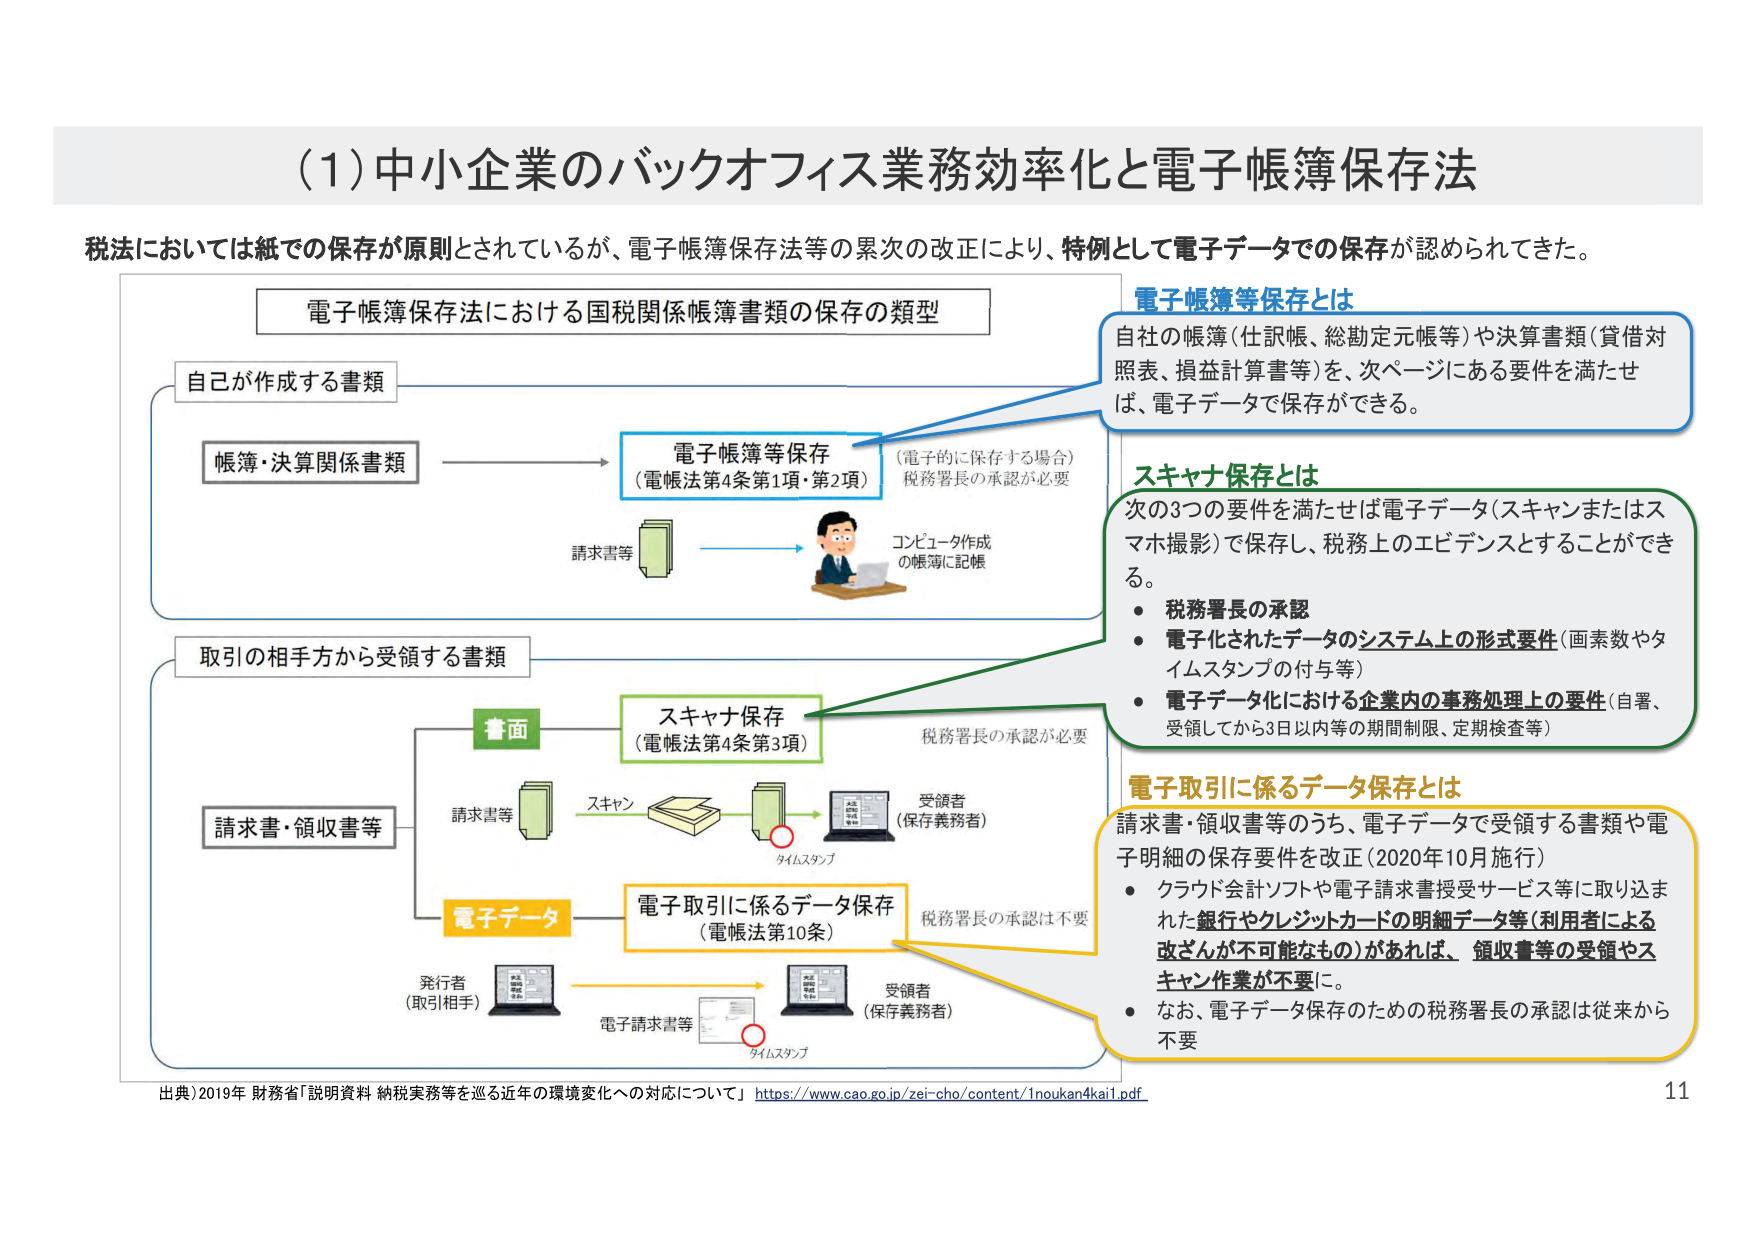
(1) 中小企業のバックオフィス業務効率化と電子帳簿保存法

税法においては紙での保存が原則とされているが、電子帳簿保存法等の累次の改正により、特例として電子データでの保存が認められてきた。

電子帳簿保存法における国税関係帳簿書類の保存の類型

自己が作成する書類
→ 帳簿・決算関係書類
　　→ 電子帳簿等保存（電帳法第4条第1項・第2項）
　　　　（電子的に保存する場合）税務署長の承認が必要
　　　　請求書等 → コンピュータ作成の帳簿に記帳

取引の相手方から受領する書類
→ 請求書・領収書等
　　→ 書面
　　　　→ スキャナ保存（電帳法第4条第3項）
　　　　　　請求書等 → スキャン → タイムスタンプ → 受領者（保存義務者）
　　　　　　税務署長の承認が必要
　　→ 電子データ
　　　　→ 電子取引に係るデータ保存（電帳法第10条）
　　　　　　発行者（取引相手）→ 電子請求書等 → タイムスタンプ → 受領者（保存義務者）
　　　　　　税務署長の承認は不要

電子帳簿等保存とは
自社の帳簿（仕訳帳、総勘定元帳等）や決算書類（貸借対照表、損益計算書等）を、次ページにある要件を満たせば、電子データで保存ができる。

スキャナ保存とは
次の3つの要件を満たせば電子データ（スキャンまたはスマホ撮影）で保存し、税務上のエビデンスとすることができる。
- 税務署長の承認
- 電子化されたデータのシステム上の形式要件（画素数やタイムスタンプの付与等）
- 電子データ化における企業内の事務処理上の要件（自署、受領してから3日以内等の期間制限、定期検査等）

電子取引に係るデータ保存とは
請求書・領収書等のうち、電子データで受領する書類や電子明細の保存要件を改正（2020年10月施行）
- クラウド会計ソフトや電子請求書接受サービス等に取り込まれた銀行やクレジットカードの明細データ等（利用者による改ざんが不可能なもの）があれば、領収書等の受領やスキャン作業が不要に。
- なお、電子データ保存のための税務署長の承認は従来から不要

出典）2019年 財務省「説明資料 納税実務等を巡る近年の環境変化への対応について」 https://www.cao.go.jp/zei-cho/content/1noukan4kai1.pdf

11